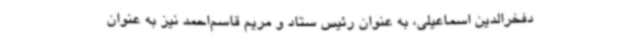
دفخرالدین اسماعیلی، به عنوان رئیس ستاد و مریم قاسم‌احمد نیز به عنوان